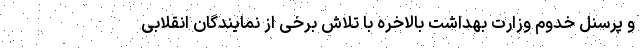
و پرسنل خدوم وزارت بهداشت بالاخره با تلاش برخی از نمایندگان انقلابی